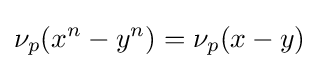
\nu _{p}(x^{n}-y^{n})=\nu _{p}(x-y)